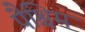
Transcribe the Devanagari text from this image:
पैश्चिम